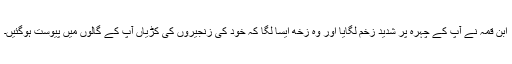
ابن قمہ نے آپ کے چہرہ پر شدید زخم لگایا اور وہ زخھ ایسا لگا کہ خود کی زنجیروں کی کڑیاں آپ کے گالوں میں پیوست ہوگئیں۔